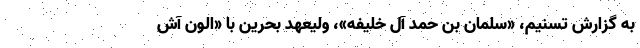
به گزارش تسنیم، «سلمان بن حمد آل خلیفه»، ولیعهد بحرین با «الون آش